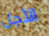
الأجل